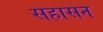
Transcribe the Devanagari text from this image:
सहासन